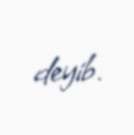
deyib.